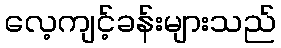
လေ့ကျင့်ခန်းများသည်